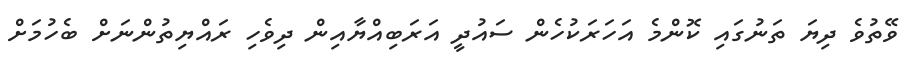
ވޭތުވެ ދިޔަ ތަނުގައި ކޮންމެ އަހަރަކުހެން ސައުދީ އަރަބިއްޔާއިން ދިވެހި ރައްޔިތުންނަށް ބެހުމަށް